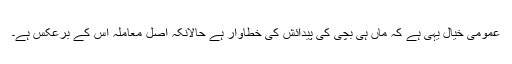
عمومی خیال یہی ہے کہ ماں ہی بچی کی پیدائش کی خطاوار ہے حالانکہ اصل معاملہ اس کے برعکس ہے۔